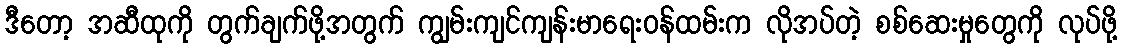
ဒီတော့ အဆီထုကို တွက်ချက်ဖို့အတွက် ကျွမ်းကျင်ကျန်းမာရေးဝန်ထမ်းက လိုအပ်တဲ့ စစ်ဆေးမှုတွေကို လုပ်ဖို့